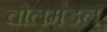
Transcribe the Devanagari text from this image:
चोलमंडल